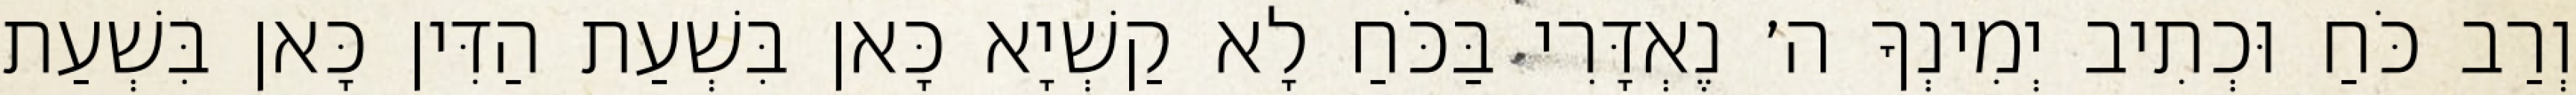
וְרַב כֹּחַ וּכְתִיב יְמִינְךָ ה׳ נֶאְדָּרִי בַּכֹּחַ לָא קַשְׁיָא כָּאן בִּשְׁעַת הַדִּין כָּאן בִּשְׁעַת